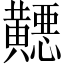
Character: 𬹓